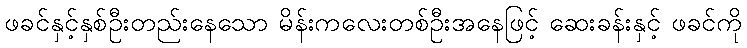
ဖခင်နှင့်နှစ်ဦးတည်းနေသော မိန်းကလေးတစ်ဦးအနေဖြင့် ဆေးခန်းနှင့် ဖခင်ကို